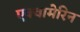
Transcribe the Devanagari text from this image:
एक्वामेरिन